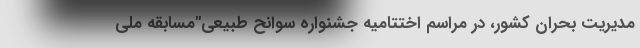
مدیریت بحران کشور، در مراسم اختتامیه جشنواره سوانح طبیعی"مسابقه ملی